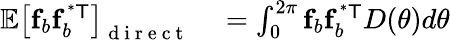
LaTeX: \begin{array}{rl}{\mathbb{E}\left[\mathbf{f}_{b}\mathbf{f}_{b}^{\mathsf{^{*}T}}\right]_{\mathrm{~d~i~r~e~c~t~}}}&{{}=\int_{0}^{2\pi}\mathbf{f}_{b}\mathbf{f}_{b}^{\mathsf{^{*}T}}D(\theta)d\theta}\end{array}